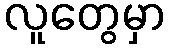
လူတွေမှာ